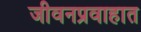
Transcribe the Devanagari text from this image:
जीवनप्रवाहात